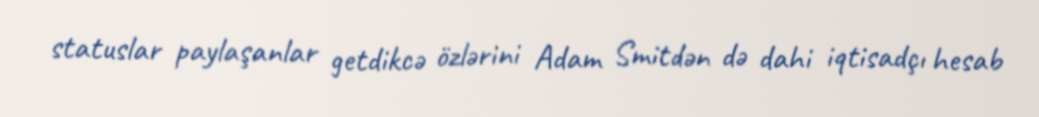
statuslar paylaşanlar getdikcə özlərini Adam Smitdən də dahi iqtisadçı hesab